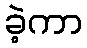
ခဲ့ကာ